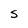
Character: S